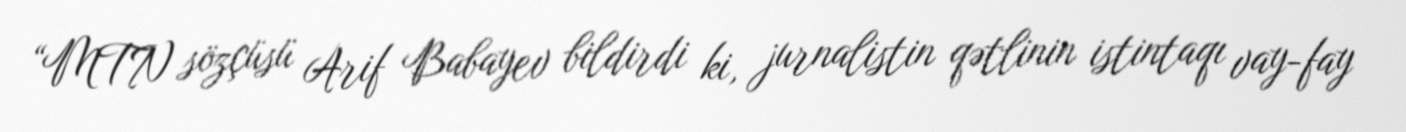
“MTN sözçüsü Arif Babayev bildirdi ki, jurnalistin qətlinin istintaqı vay-fay